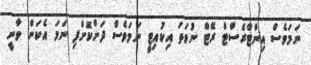
ނަމަވެސް އިންޓްރެސްޓް ރޭޓް ނުވަތަ އިކުއިޓީ ނަމަވެސް ދަށްކޮށްފި ނަމަ އެކަން ވާނީ